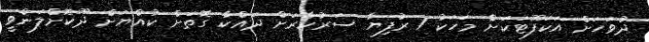
ދުވަހަށް އަކަފޫޓަކަށް މަހަކު 1 ރުފިޔާ ސަރުކާރަށް ދައްކާ ގޮތަށް ކުއްޔަށް ދޫކޮށްލަންވީ